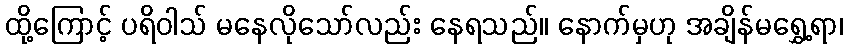
ထို့ကြောင့် ပရိဝါသ် မနေလိုသော်လည်း နေရသည်။ နောက်မှဟု အချိန်မရွှေ့ရာ၊